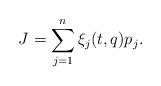
LaTeX: \begin{align*}J=\sum_{j=1}^n \xi_j(t,q)p_j.\end{align*}